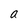
Character: a